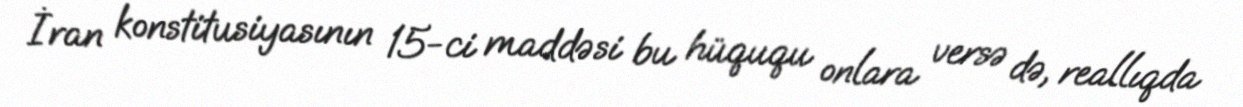
İran konstitusiyasının 15-ci maddəsi bu hüququ onlara versə də, reallıqda